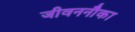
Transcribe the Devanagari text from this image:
जीवननौका